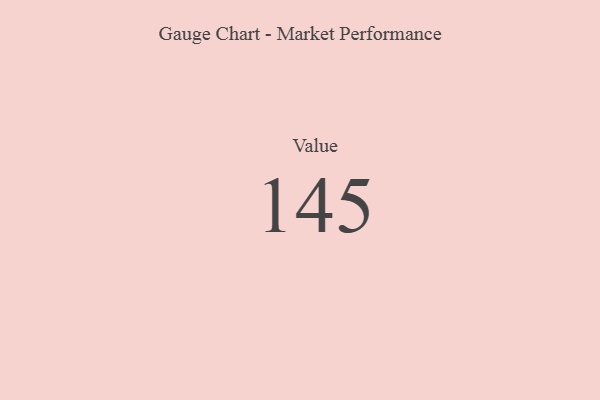
{"axis": {"x": "Metric", "y": "Value"}, "legend": [""], "data": [{"x": "Value", "y": 145, "type": ""}]}